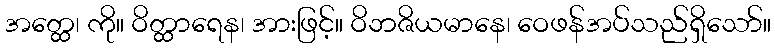
အတ္ထေ၊ ကို။ ဝိတ္ထာရေန၊ အားဖြင့်။ ဝိဘဇိယမာနေ၊ ဝေဖန်အပ်သည်ရှိသော်။